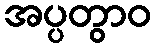
အပ္ပတွာဝ